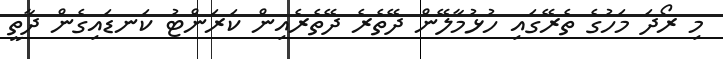
މި ރޯދަ މަހުގެ ތެރޭގައި ހުޅުމާލޭން ދޭތެރެ ދޭތެރެއިން ކަރަންޓު ކަނޑައިގެން ދާތީ